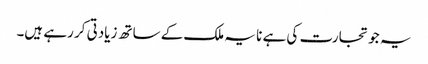
یہ جو تجارت کی ہے نا یہ ملک کے ساتھ زیادتی کر رہے ہیں۔